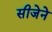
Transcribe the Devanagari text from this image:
सीजेने